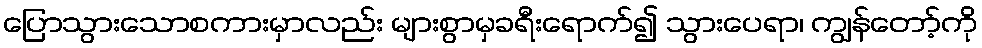
ပြောသွားသောစကားမှာလည်း များစွာမှခရီးရောက်၍ သွားပေရာ၊ ကျွန်တော့်ကို